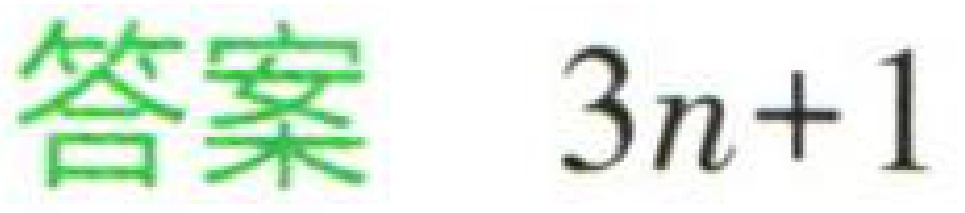
答案 \(3n + 1\)